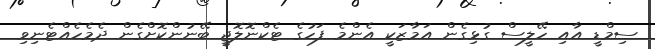
ސިމްޑީ އާއި ހޭލީސް ގުޅިގެން އަމާޒަކީ އެންމެ ފަހުގެ ޓެކްނޮލޮޖީ ބޭނުންކޮށްގެން ދެމެހެއްޓެނިވި